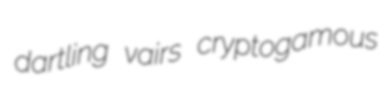
dartling vairs cryptogamous